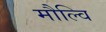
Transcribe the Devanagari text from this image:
मौल्वि